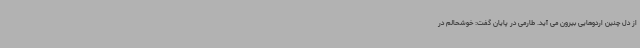
از دل چنین اردوهایی بیرون می آید. طارمی در پایان گفت: خوشحالم در